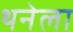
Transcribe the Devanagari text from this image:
थनेला